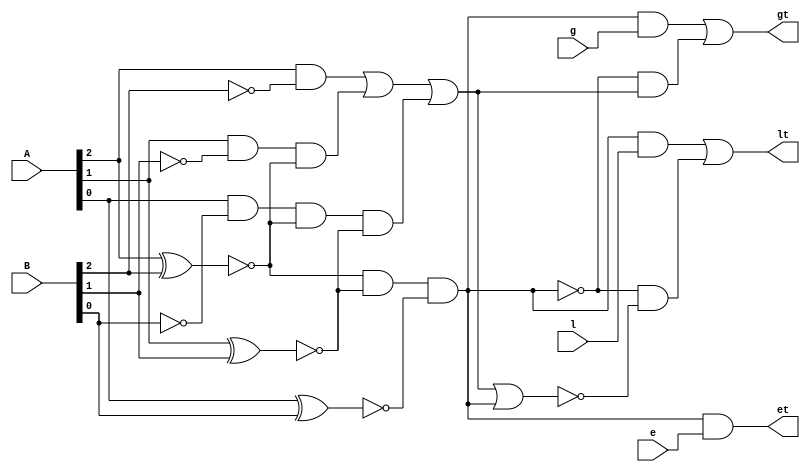
/*--  *******************************************************
--  Computer Architecture Course, Laboratory Sources 
--  Amirkabir University of Technology (Tehran Polytechnic)
--  Department of Computer Engineering (CE-AUT)
--  https://ce[dot]aut[dot]ac[dot]ir
--  *******************************************************
--  All Rights reserved (C) 2019-2020
--  *******************************************************
--  Student ID  : 
--  Student Name: 
--  Student Mail: 
--  *******************************************************
--  Additional Comments:
--
--*/

/*-----------------------------------------------------------
---  Module Name: 3 Bits Comparator Gate Level
---  Description: Lab 06 Part 1
-----------------------------------------------------------*/
`timescale 1 ns/1 ns

module comparator3 (
	input [2:0] A ,
	input [2:0] B ,
	input 		l ,
	input 		e ,
	input 		g ,
	output 		lt ,
	output 		et ,
	output 		gt
);

	//find if a is greater than b
	wire [2:0] Bnot;
	not not_1(Bnot[2], B[2]);
	not not_2(Bnot[1], B[1]);
	not not_3(Bnot[0], B[0]);
	
	wire xnor_a2_b2, xnor_a1_b1;
	xnor xnor_1(xnor_a2_b2, A[2], B[2]);
	xnor xnor_2(xnor_a1_b1, A[1], B[1]);
	
	wire [2:0] w;
	and and_1(w[2], A[2], Bnot[2]);
	and and_2(w[1], A[1], Bnot[1], xnor_a2_b2);
	and and_3(w[0], A[0], Bnot[0], xnor_a2_b2, xnor_a1_b1);
	
	wire a_gt_b;
	or or_1(a_gt_b, w[2], w[1], w[0]);

	//find if a is equal to b
	wire [2:0] h;
	xnor xnor_3(h[2], A[2], B[2]);
	xnor xnor_4(h[1], A[1], B[1]);
	xnor xnor_5(h[0], A[0], B[0]);
	
	wire a_eq_b;
	and and_4(a_eq_b, h[2], h[1], h[0]);
	
	//find if a is less than b
	wire a_lt_b_not, a_lt_b;
	or or_2(a_lt_b_not, a_gt_b, a_eq_b);
	not not_4(a_lt_b, a_lt_b_not);
	
	//final works
	wire a_eq_b_not;
	not not_5(a_eq_b_not, a_eq_b);
	
	
	and and_5(et, a_eq_b, e);
	
	
	wire k1, k2;
	and and_6(k1, a_eq_b, l);
	and and_7(k2, a_eq_b_not, a_lt_b);
	or or_3(lt, k1, k2);
	
	
	wire k3, k4;
	and and_8(k3, a_eq_b, g);
	and and_9(k4, a_eq_b_not, a_gt_b);
	or or_4(gt, k3, k4);
	
endmodule